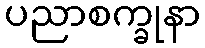
ပညာစက္ခုနာ